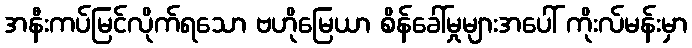
အနီးကပ်မြင်လိုက်ရသော ဗဟိုမြေယာ စိန်ခေါ်မှုများအပေါ် ကိုးလ်မန်းမှာ